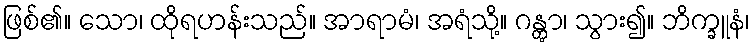
ဖြစ်၏။ သော၊ ထိုရဟန်းသည်။ အာရာမံ၊ အရံသို့။ ဂန္တွာ၊ သွား၍။ ဘိက္ခူနံ၊